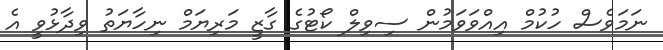
ނަމަވެސް ހުކުމް އިއްވަވަމުން ސިވިލް ކޯޓުގެ ގާޒީ މަރިޔަމް ނިހާޔަތު ވިދާޅުވީ އެ